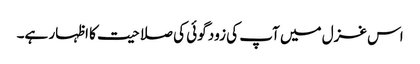
اس غزل میں آپ کی زود گوئی کی صلاحیت کا اظہار ہے۔